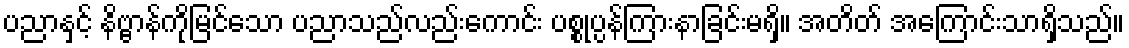
ပညာနှင့် နိဗ္ဗာန်ကိုမြင်သော ပညာသည်လည်းကောင်း ပစ္စုပ္ပန်ကြားနာခြင်းမရှိ။ အတိတ် အကြောင်းသာရှိသည်။